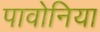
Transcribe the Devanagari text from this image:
पावोनिया